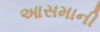
આસમાની